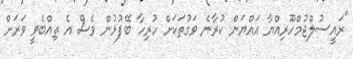
"ރައީސުލްޖުމްހޫރިއްޔާ އައްޔަން ކުރާނެ ވަގުތަކަށް ހުރިހާ ބޭފުޅުން ވެސް އެ ތިއްބެވީ ވަރަށް